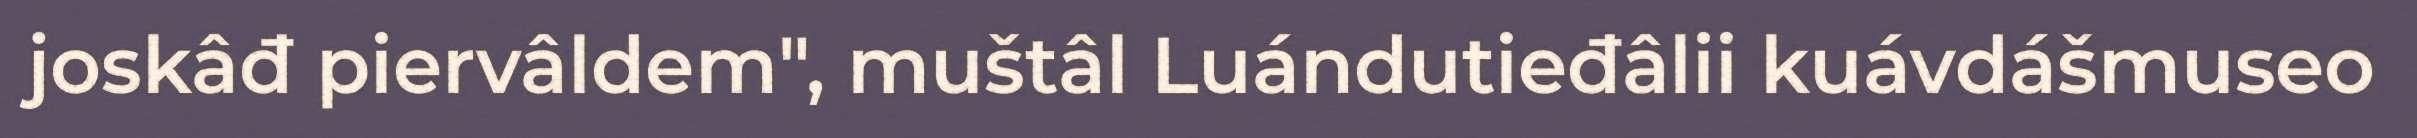
joskâđ piervâldem", muštâl Luándutieđâlii kuávdášmuseo